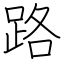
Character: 路